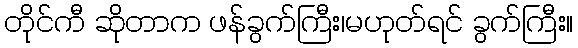
တိုင်ကီ ဆိုတာက ဖန်ခွက်ကြီး၊မဟုတ်ရင် ခွက်ကြီး။